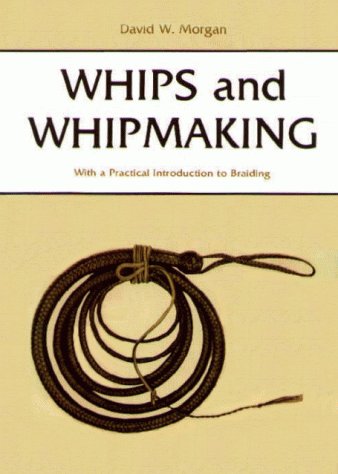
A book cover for Whips and Whipmaking: With a Practical Introduction to Braiding; David Morgan; Crafts, Hobbies & Home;